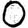
Digit: 0